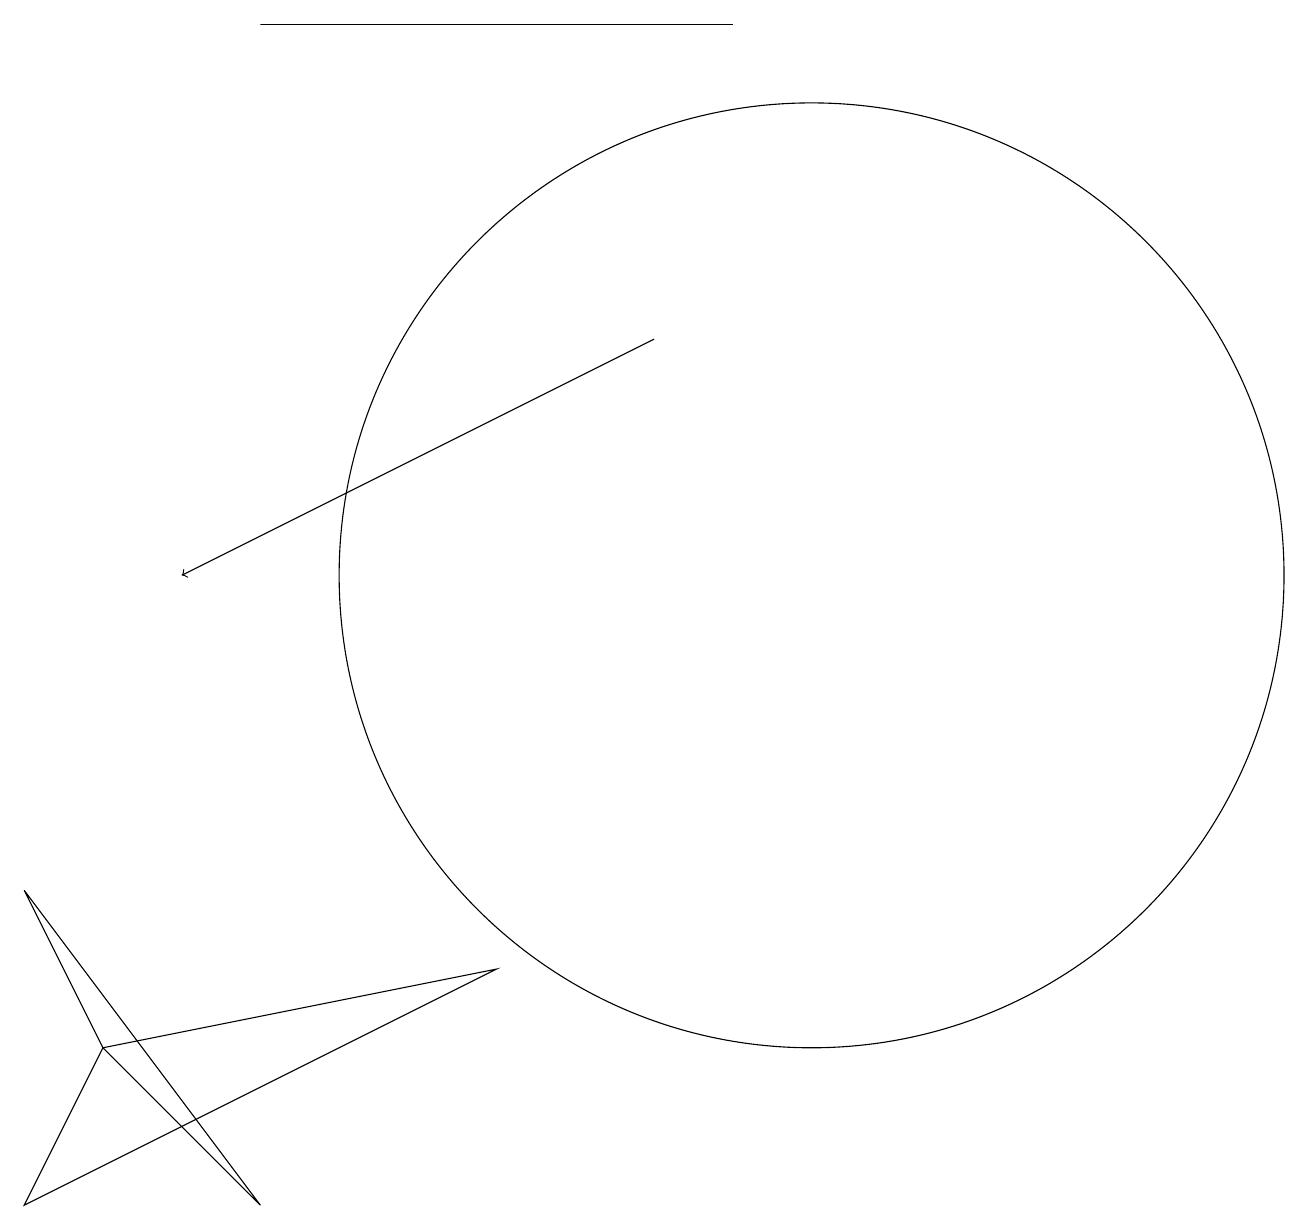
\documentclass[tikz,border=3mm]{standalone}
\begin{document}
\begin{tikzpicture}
\draw[->] (8,14) -- (2,11);
\draw (0,3) -- (6,6) -- (1,5) -- cycle;
\draw (3,3) -- (1,5) -- (0,7) -- cycle;
\draw (10,11) circle (6);
\draw (3,18) rectangle (9,18);
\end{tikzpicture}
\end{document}